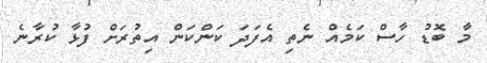
މާ ބޮޑު ހާސް ކަމެއް ނެތި އެފަދަ ކަންކަން އިތުރަށް ފުޅާ ކުރާނެ